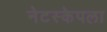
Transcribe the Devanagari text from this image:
नेटस्केपला